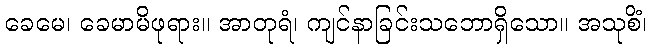
ခေမေ၊ ခေမာမိဖုရား။ အာတုရံ၊ ကျင်နာခြင်းသဘောရှိသော။ အသုစိံ၊